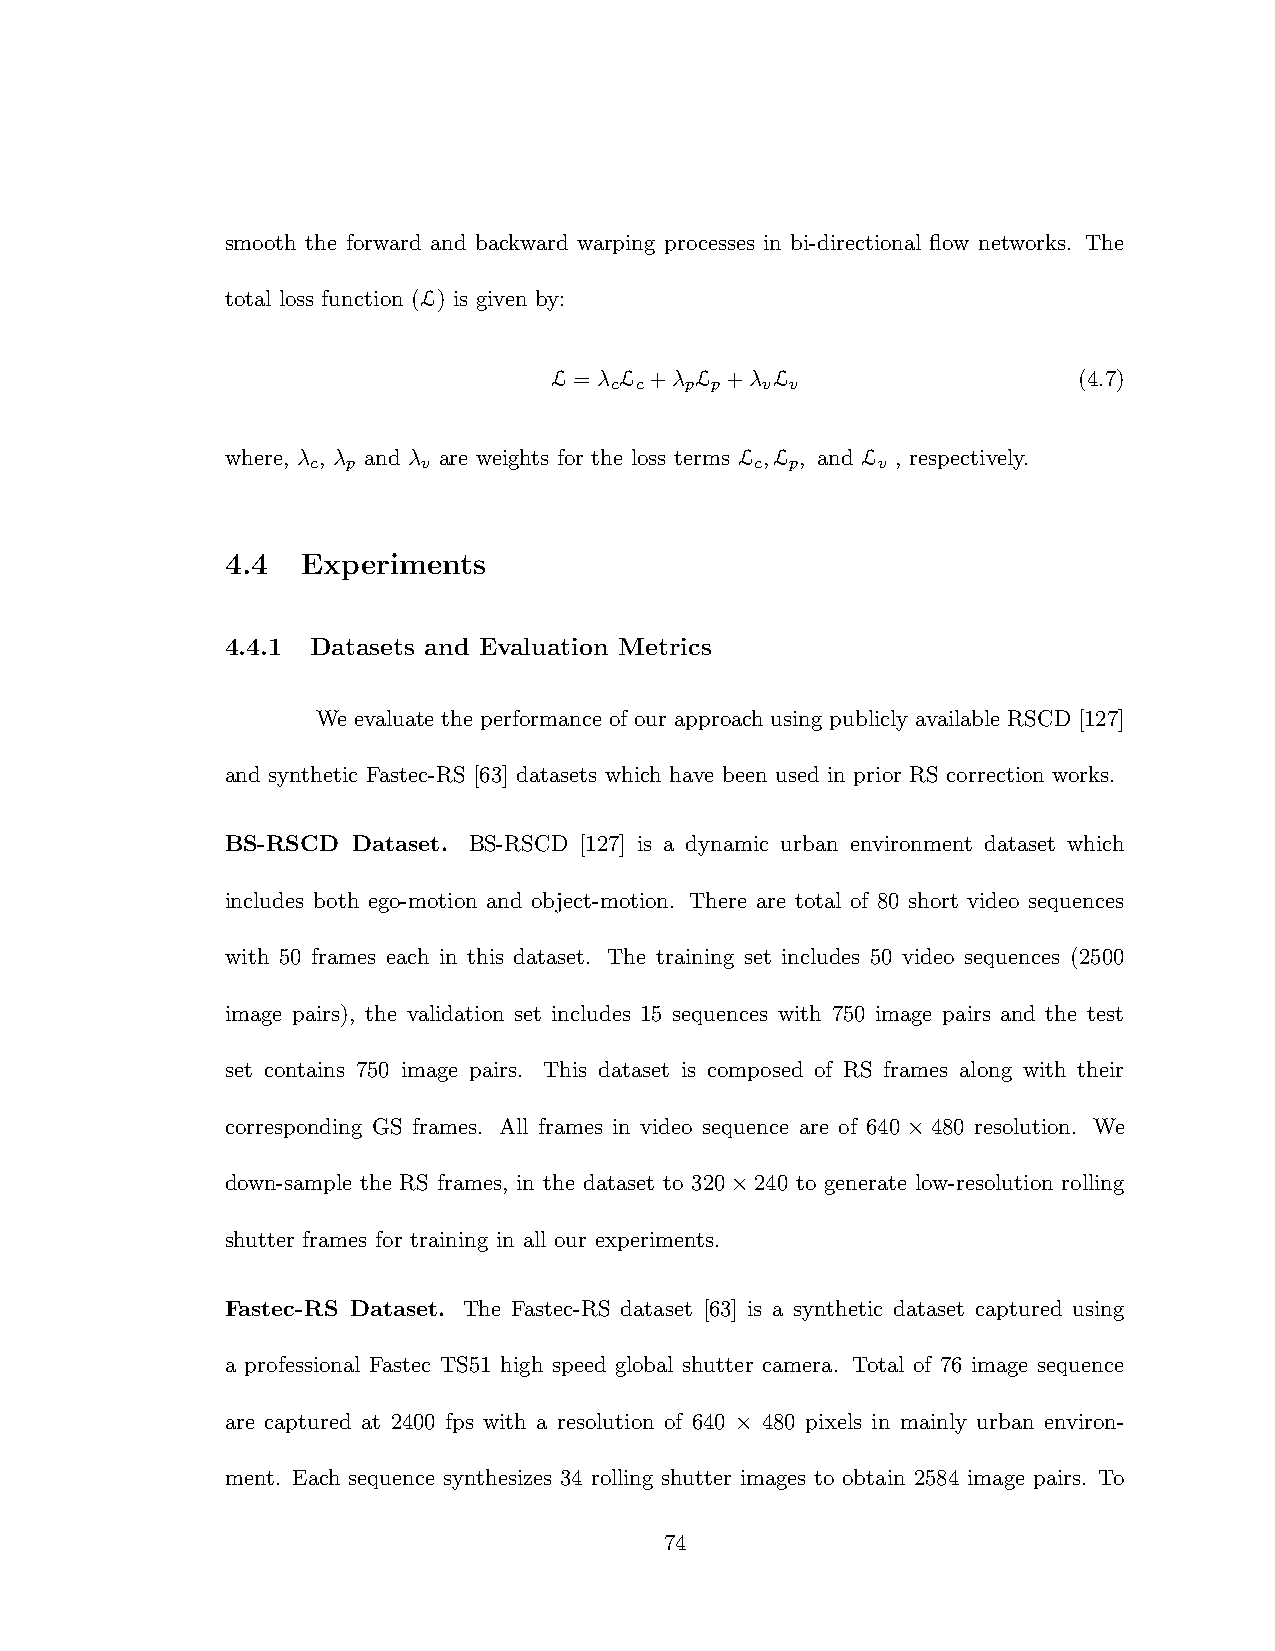
smooth the forward and backward warping processes in bi-directional flow networks. The
 total loss function (L) is given by:
 L = λ L +λ L +λ L                  (4.7)
 c c  p p  v v
 where, λ , λ and λ are weights for the loss terms L ,L , and L , respectively.
 c p    v                     c p     v
 4.4  Experiments
 4.4.1 Datasets and Evaluation Metrics
 We evaluate the performance of our approach using publicly available RSCD [127]
 and synthetic Fastec-RS [63] datasets which have been used in prior RS correction works.
 BS-RSCD Dataset. BS-RSCD [127] is a dynamic urban environment dataset which
 includes both ego-motion and object-motion. There are total of 80 short video sequences
 with 50 frames each in this dataset. The training set includes 50 video sequences (2500
 image pairs), the validation set includes 15 sequences with 750 image pairs and the test
 set contains 750 image pairs. This dataset is composed of RS frames along with their
 corresponding GS frames. All frames in video sequence are of 640×480 resolution. We
 down-sample the RS frames, in the dataset to 320×240 to generate low-resolution rolling
 shutter frames for training in all our experiments.
 Fastec-RS Dataset. The Fastec-RS dataset [63] is a synthetic dataset captured using
 a professional Fastec TS51 high speed global shutter camera. Total of 76 image sequence
 are captured at 2400 fps with a resolution of 640 × 480 pixels in mainly urban environ-
 ment. Each sequence synthesizes 34 rolling shutter images to obtain 2584 image pairs. To
 74